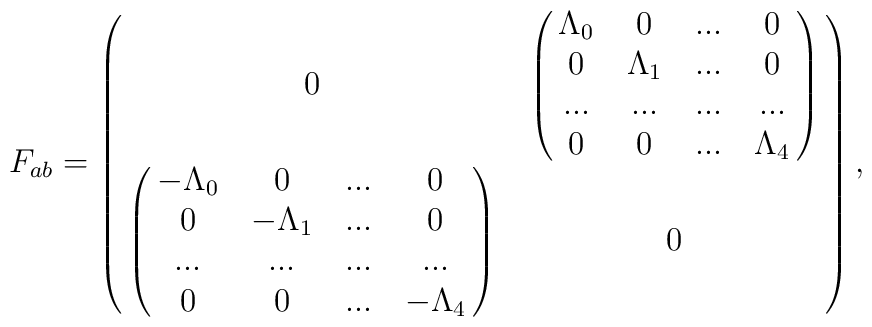
F_{ab} =\left(\matrix{ 0 &\left( \matrix{\Lambda_0 & 0 & ... & 0 \cr                   0 & \Lambda_1 & ... & 0 \cr                    ... & ... & ... & ... \cr                       0 & 0 & ... & \Lambda_4 \cr }\right) \cr\left( \matrix{- \Lambda_0 & 0 & ... & 0 \cr                   0 & - \Lambda_1 & ... & 0 \cr                    ... & ... & ... & ... \cr                       0 & 0 & ... & - \Lambda_4 \cr }\right)& 0 \cr }\right) ,